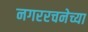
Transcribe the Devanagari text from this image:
नगररचनेच्या